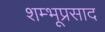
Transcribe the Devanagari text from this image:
शम्भूप्रसाद